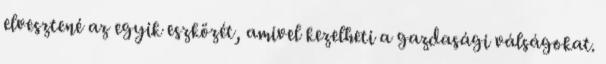
elvesztené az egyik eszközét, amivel kezelheti a gazdasági válságokat.